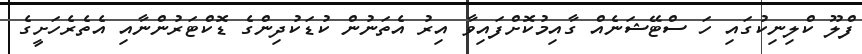
ފްލޫ ކްލިނިކުގައި ހަ ސްޓޭޝަނެއް ގާއިމުކޮށްފައިވާ އިރު އެތަނުން ކުޑަކުދިންގެ ޑޮކްޓަރުންނާއި އެތެރެހަށީގެ